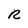
Character: R